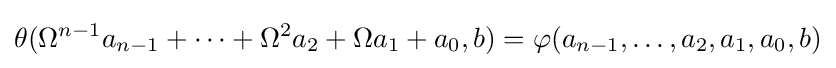
\theta (\Omega ^{n-1}a_{n-1}+\cdots +\Omega ^{2}a_{2}+\Omega a_{1}+a_{0},b)=\varphi (a_{n-1},\ldots ,a_{2},a_{1},a_{0},b)